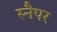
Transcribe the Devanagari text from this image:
स्नैपर